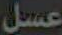
عسل